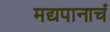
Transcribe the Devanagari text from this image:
मद्यपानाचं